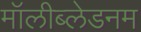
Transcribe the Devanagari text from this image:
मॉलीब्लेडनम